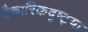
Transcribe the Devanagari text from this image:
वैचारिकदृष्‍ट्या